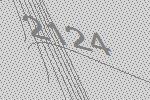
2124